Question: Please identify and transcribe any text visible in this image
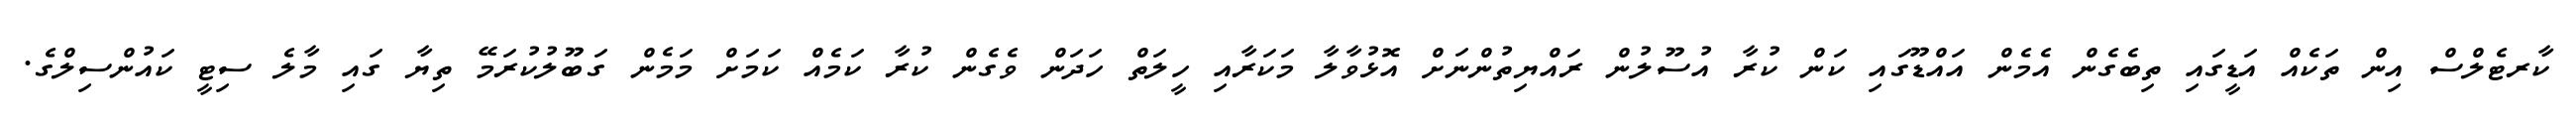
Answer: ކާރޓެލްސް އިން ތަކެއް އަޑީގައި ތިބެގެން އެމެން އައްޑޫގައި ކަން ކުރާ އުސޫލުން ރައްޔިތުންނަށް އޮޅުވާލާ މަކަރާއި ހީލަތް ހަދަން ވެގެން ކުރާ ކަމެއް ކަމަށް މަމެން ގަބޫލުކުރަމޭ ތިޔާ ގައި މާލެ ސިޓީ ކައުންސިލްގެ.